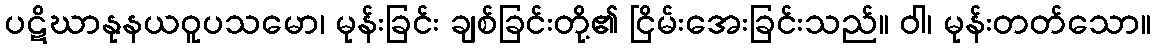
ပဋိဃာနုနယဝူပသမော၊ မုန်းခြင်း ချစ်ခြင်းတို့၏ ငြိမ်းအေးခြင်းသည်။ ဝါ၊ မုန်းတတ်သော။